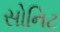
સોનિટ